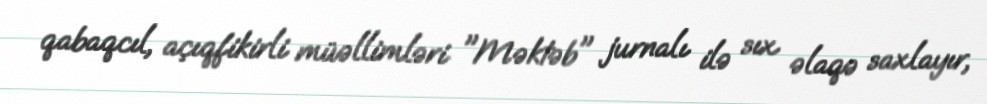
qabaqcıl, açıqfikirli müəllimləri "Məktəb" jurnalı ilə sıx əlaqə saxlayır,